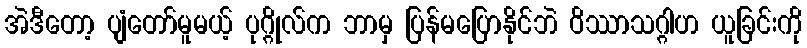
အဲဒီတော့ ပျံတော်မူမယ့် ပုဂ္ဂိုလ်က ဘာမှ ပြန်မပြောနိုင်ဘဲ ဝိဿာသဂ္ဂါဟ ယူခြင်းကို